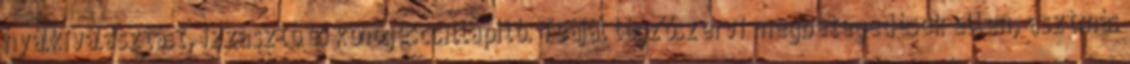
nyálkiválasztást, izzasztó és köhögéscsillapító. Teáját légzőszervi megbetegedések ellen, asztmás